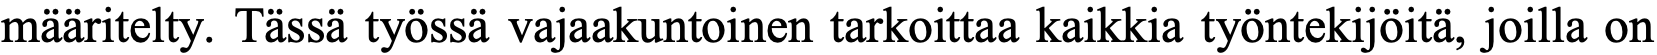
määritelty. Tässä työssä vajaakuntoinen tarkoittaa kaikkia työntekijöitä, joilla on